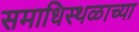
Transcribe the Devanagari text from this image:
समाधिस्थळाच्या